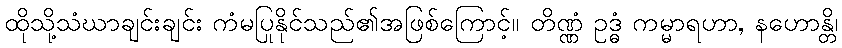
ထိုသို့သံဃာချင်းချင်း ကံမပြုနိုင်သည်၏အဖြစ်ကြောင့်။ တိဏ္ဏံ ဥဒ္ဓံ ကမ္မာရဟာ, နဟောန္တိ၊